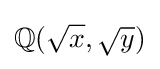
\mathbb {Q} ({\sqrt {x}},{\sqrt {y}})